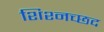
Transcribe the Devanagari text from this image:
शिश्नच्छद